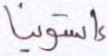
إستونيا